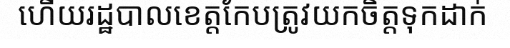
ហើយរដ្ឋបាលខេត្តកែបត្រូវយកចិត្តទុកដាក់